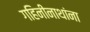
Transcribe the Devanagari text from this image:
गहिनीनाथांना